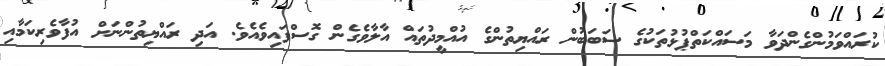
ކުރައްވަމުންގެންދަވާ މަސައްކަތްޕުޅުތަކުގެ ސަބަބުން ރައްޔިތުންގެ އުއްމީދުތައް އާލާވެގެން ގޮސްފައިވެއެވެ. އަދި ރައްޔިތުންނަށް އުފާވެރިކަމާއި